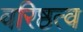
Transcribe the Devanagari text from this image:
वरिष्ठत्व